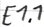
Text: E1.1